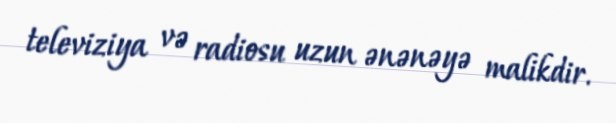
televiziya və radiosu uzun ənənəyə malikdir.